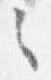
之